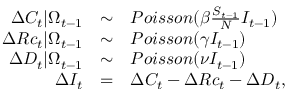
\begin{array} { r c l } { \Delta C _ { t } | \Omega _ { t - 1 } } & { \sim } & { P o i s s o n ( \beta \frac { S _ { t - 1 } } { N } I _ { t - 1 } ) } \\ { \Delta R c _ { t } | \Omega _ { t - 1 } } & { \sim } & { P o i s s o n ( \gamma I _ { t - 1 } ) } \\ { \Delta D _ { t } | \Omega _ { t - 1 } } & { \sim } & { P o i s s o n ( \nu I _ { t - 1 } ) } \\ { \Delta I _ { t } } & { = } & { \Delta C _ { t } - \Delta R c _ { t } - \Delta D _ { t } , } \end{array}